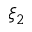
\xi _ { 2 }